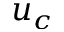
u _ { c }